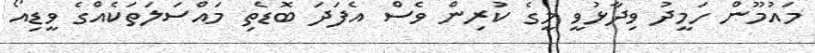
މައުމޫން ހަމީދު ވިދާޅުވީ މީގެ ކުރިން ވެސް އެފަދަ ބޮޑެތި މައްސަލަތަކެއްގެ ވީޑިއޯ